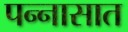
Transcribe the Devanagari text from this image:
पन्‍नासात